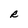
Character: R